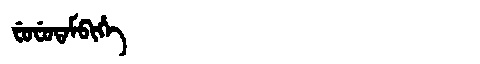
Manchu: ᠸᡠᠸᡠᡨᠠᠮᠪᡳᡥᡝ
Romanization: FUFUTAMBIHE